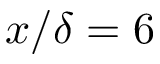
x / \delta = 6